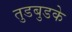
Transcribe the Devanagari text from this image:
तुडबुडके